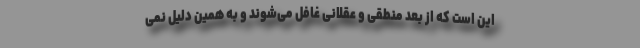
این است که از بُعد منطقی و عقلانی غافل می‌شوند و به همین دلیل نمی